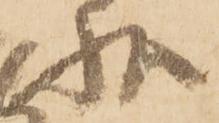
状